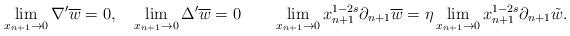
LaTeX: \begin{align*}\lim_{x_{n+1}\rightarrow0}\nabla'\overline{w}=0,\quad\lim_{x_{n+1}\rightarrow0}\Delta'\overline{w}=0\quad\quad\lim_{x_{n+1}\rightarrow0}x_{n+1}^{1-2s}\partial_{n+1}\overline{w}=\eta\lim_{x_{n+1}\rightarrow0}x_{n+1}^{1-2s}\partial_{n+1}\tilde{w}.\end{align*}